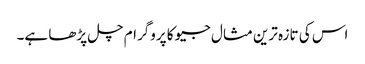
اس کی تازہ ترین مثال جیو کا پروگرام چل پڑھا ہے۔